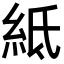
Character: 𥿄